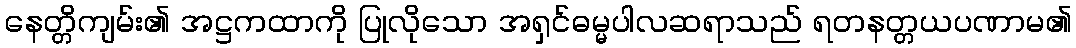
နေတ္တိကျမ်း၏ အဋ္ဌကထာကို ပြုလိုသော အရှင်ဓမ္မပါလဆရာသည် ရတနတ္တယပဏာမ၏